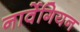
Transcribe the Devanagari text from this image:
नार्वेगियन